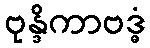
ဗုန္ဒိကာဗဒ္ဓံ